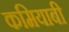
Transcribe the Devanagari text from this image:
कमियाबी